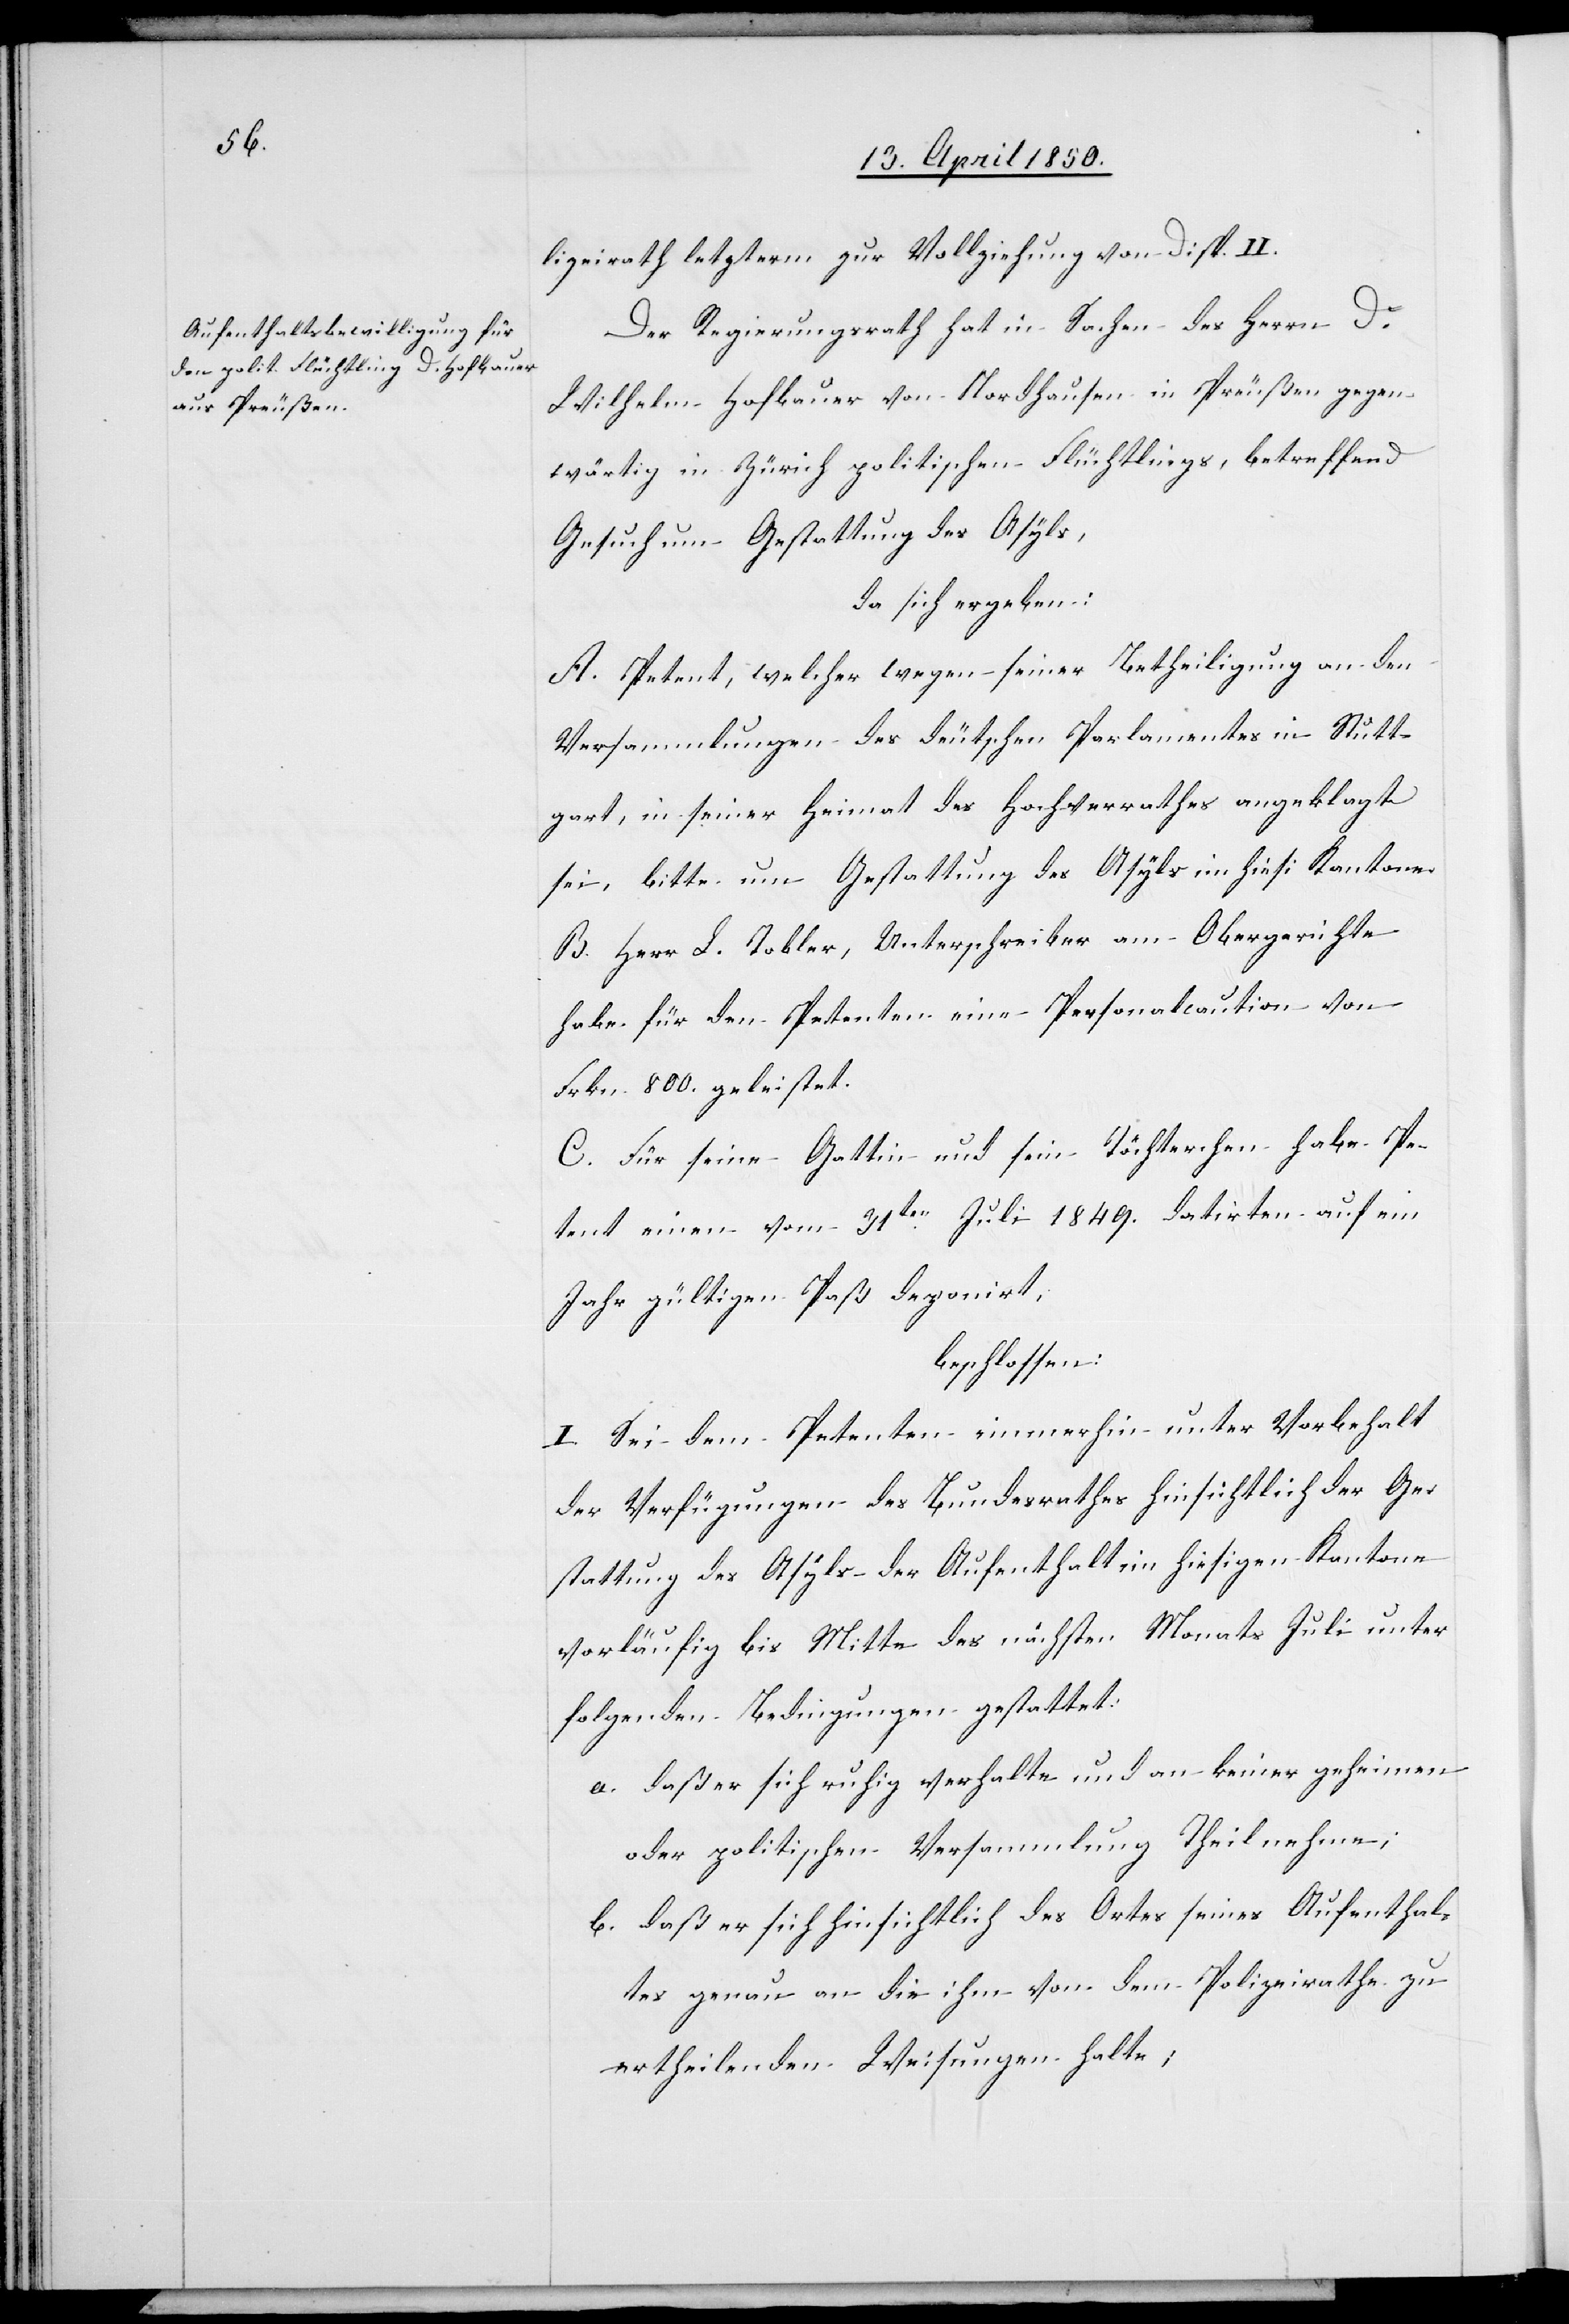
lizeirath letzterm zur Vollziehung von Disp. II.
Der Regierungsrath hat in Sachen des Herrn Dr
Wilhelm Hofbauer von Nordhausen in Preußen gegen¬
wärtig in Zürich politischen Flüchtlings, betreffend
Gesuch um Gestattung des Asyls,
da sich ergeben:
A. Petent, welcher wegen seiner Betheiligung an den
Versammlungen des deutschen Parlamentes in Stutt¬
gart, in seiner Heimat des Hochverrathes angeklagt
sei, bitte um Gestattung des Asyls im hiesi[gen] Kantone.
B. Herr L. Tobler, Unterschreiber am Obergerichte
habe für den Petenten eine Personalcaution von
Frkn. 800. geleistet.
C. Für seine Gattin und sein Töchterchen habe Pe¬
tent einen vom 31ten Juli 1849. datirten auf ein
Jahr gültigen Paß deponirt,
beschlossen:
I. Sei dem Petenten immerhin unter Vorbehalt
der Verfügungen des Bundesrathes hinsichtlich der Ge¬
stattung des Asyls der Aufenthalt im hiesigen Kantone
vorläufig bis Mitte des nächsten Monats Juli unter
folgenden Bedingungen gestattet:
a. daß er sich ruhig verhalte und an keiner geheimen
oder politischen Versammlung Theil nehme;
b. daß er sich hinsichtlich des Ortes seines Aufenthal¬
tes genau an die ihm von dem Polizeirathe zu
ertheilenden Weisungen halte;